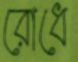
রোধে